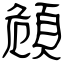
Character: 頠